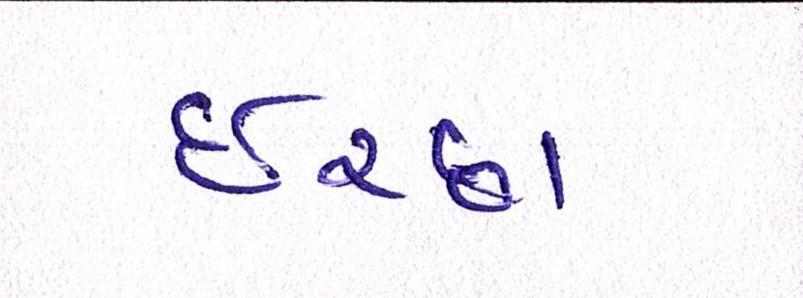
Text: ઈચ્છા